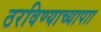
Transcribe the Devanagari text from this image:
ठरविण्याच्यापाा